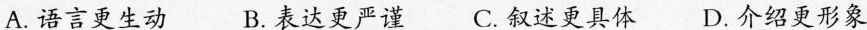
A.语言更生动 B. 表达更严谨 C. 叙述更具体 D. 介绍更形象